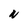
Character: N